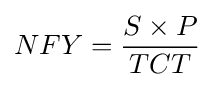
NFY={\frac {S\times P}{TCT}}